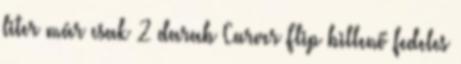
liter már csak 2 darab Curver Flip billenő fedeles